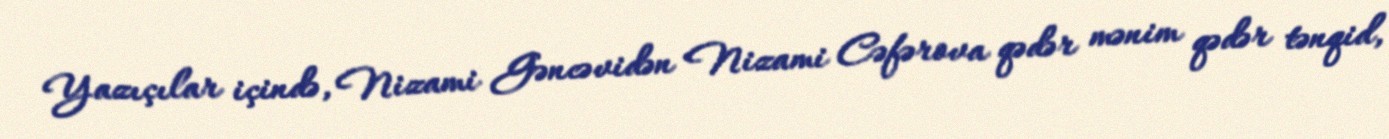
Yazıçılar içində, Nizami Gəncəvidən Nizami Cəfərova qədər mənim qədər tənqid,